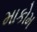
માકોમ